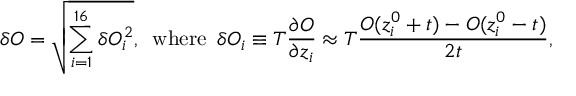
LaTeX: \delta O = \sqrt { \sum _ { i = 1 } ^ { 1 6 } \delta O _ { i } ^ { 2 } } , \mathrm { \, ~ w h e r e \, ~ } \delta O _ { i } \equiv T \frac { \partial O } { \partial z _ { i } } \approx T \frac { O ( z _ { i } ^ { 0 } + t ) - O ( z _ { i } ^ { 0 } - t ) } { 2 t } ,